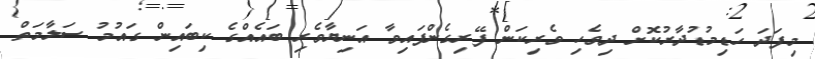
މިފަދަ ހަޑިމުޑުދާރުކޮށް ދިވެހި ވެރިކަން ފޭރިގެންފައިވާ އަނިޔާވެރި ބައެއްގެ ކިބައިން ގައުމު ސަލާމަތް